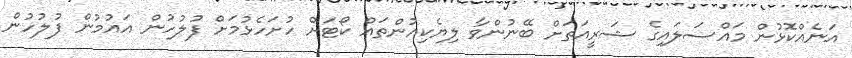
އަނެއްކޮޅުން މައްސަލައިގެ ޝަރީއަތަށް ބޭނުންވާ ލިޔެކިއުންތައް ކޯޓަށް ހުށަހެޅުމަށް ފުލުހުން އައުމުން ފުލުހުން